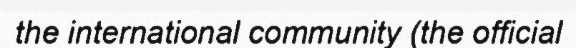
the international community (the official